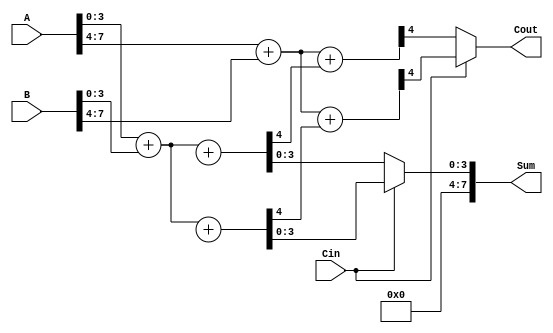
module CarrySelectAdder #(parameter N = 8) (
    input [N-1:0] A,      // First n-bit input
    input [N-1:0] B,      // Second n-bit input
    input Cin,            // Carry-in for the least significant bit
    output [N-1:0] Sum,   // n-bit sum output
    output Cout           // Carry-out
);

    localparam BLOCK_SIZE = 4; // Size of each block
    localparam NUM_BLOCKS = N / BLOCK_SIZE; // Number of blocks

    wire [BLOCK_SIZE-1:0] S0 [NUM_BLOCKS-1:0]; // Sum when carry-in is 0
    wire [BLOCK_SIZE-1:0] S1 [NUM_BLOCKS-1:0]; // Sum when carry-in is 1
    wire [NUM_BLOCKS:0] C0; // Carry-out when carry-in is 0
    wire [NUM_BLOCKS:0] C1; // Carry-out when carry-in is 1

    // Generate the blocks
    genvar i;
    generate
        for (i = 0; i < NUM_BLOCKS; i = i + 1) begin : block
            wire [BLOCK_SIZE-1:0] A_block = A[(i+1)*BLOCK_SIZE-1:i*BLOCK_SIZE];
            wire [BLOCK_SIZE-1:0] B_block = B[(i+1)*BLOCK_SIZE-1:i*BLOCK_SIZE];

            // Full adder logic for both carry-in cases
            assign {C0[i+1], S0[i]} = A_block + B_block + C0[i];
            assign {C1[i+1], S1[i]} = A_block + B_block + C1[i];
        end
    endgenerate

    // MUX to select the appropriate sum and carry-out
    assign Sum = (Cin) ? S1[0] : S0[0];
    assign Cout = (Cin) ? C1[NUM_BLOCKS] : C0[NUM_BLOCKS];

    // Carry selection logic for each block
    genvar j;
    generate
        for (j = 1; j < NUM_BLOCKS; j = j + 1) begin : select
            assign S0[j] = (C0[j-1]) ? S1[j] : S0[j];
            assign S1[j] = (C0[j-1]) ? S1[j] : S0[j];
        end
    endgenerate

endmodule